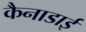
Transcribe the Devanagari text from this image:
कैनाडाई